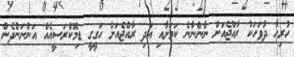
ހުރިހާ ދުވަހަކު ރާއްޖެއަށް ނާންނާނެ ކަމަށާއި އަދި ރާއްޖެއަށް ހަގީގީ ޑިމޮކްރަސީއެއް އަންނަންދެން